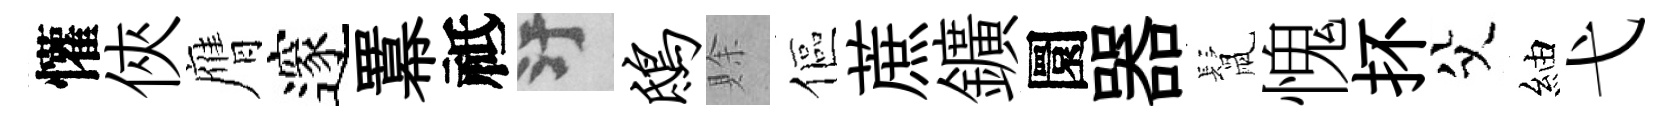
懽俠膺邃羃祗污鸱賖傴蔗鑛圜器鬛愧抔父紬弋